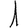
Digit: 1